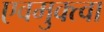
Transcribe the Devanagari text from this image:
एवमुक्त्वा